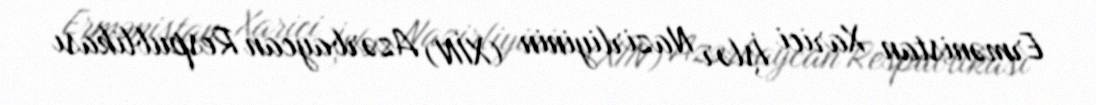
Ermənistan Xarici İşlər Nazirliyinin (XİN) Azərbaycan Respublikası